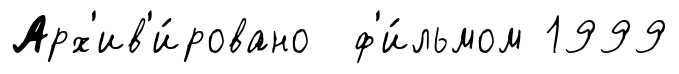
Арх'ив'и́ровано ф'и́льмом 1999